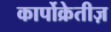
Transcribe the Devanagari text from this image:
कार्पोक्रेतीज़